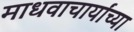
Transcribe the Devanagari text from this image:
माधवाचार्यांच्या